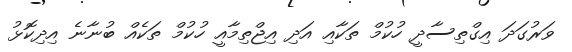
ވަރުގަަދަ އިގްތިސާދީ ހުކުމް ތަކާއި އަދި އިޖްތިމާއީ ހުކުމް ތަކެއް ބުނާނެ އިދިކޮޅު